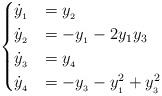
LaTeX: \begin{align*} \begin{cases} \dot{y}_{_1}&=y_{_{2}}\\ \dot{y}_{_2}&=-y_{_1}-2y_1y_3\\ \dot{y}_{_3}&=y_{_4}\\ \dot{y}_{_4}&=-y_{_3}-y^2_{_1}+y^2_{_3} \end{cases} \end{align*}